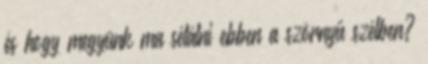
és hogy megyünk ma sétálni ebben a szörnyű szélben?